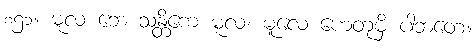
၈၅၁။ မူလံ ဘေ သန္တိကေ မူလ၊ မူလေ ဟေတုမှိ ပါဘတေ။